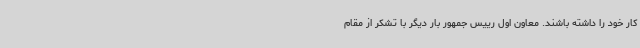
کار خود را داشته باشند. معاون اول رییس جمهور بار دیگر با تشکر از مقام